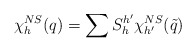
\begin{align*}\chi _h^{NS}(q)=\sum S_h^{h^{\prime }}\chi _{h^{\prime }}^{NS}(\tilde{q})\end{align*}